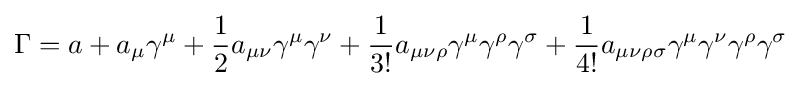
\Gamma =a+a_{\mu }\gamma ^{\mu }+{\frac {1}{2}}a_{\mu \nu }\gamma ^{\mu }\gamma ^{\nu }+{\frac {1}{3!}}a_{\mu \nu \rho }\gamma ^{\mu }\gamma ^{\rho }\gamma ^{\sigma }+{\frac {1}{4!}}a_{\mu \nu \rho \sigma }\gamma ^{\mu }\gamma ^{\nu }\gamma ^{\rho }\gamma ^{\sigma }